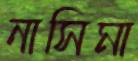
নাসিমা